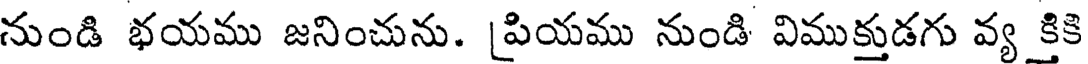
నుండి భయము జనించును. [పియము నుండి విముక్తుడగు వ్య కిక